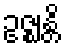
ဥဇ္ဈန္တိ